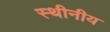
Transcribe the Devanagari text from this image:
स्थीनीय